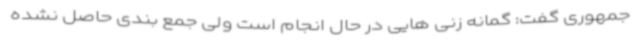
جمهوری گفت: گمانه زنی هایی در حال انجام است ولی جمع بندی حاصل نشده